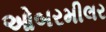
ઓબરમીલર